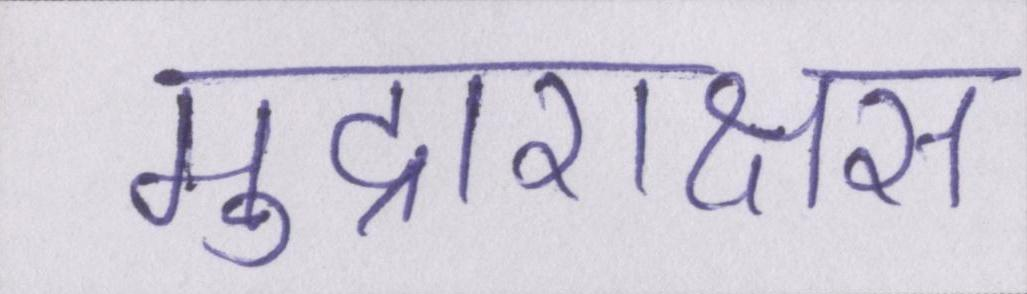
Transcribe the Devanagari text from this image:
मुद्राराक्षस